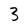
Character: 3